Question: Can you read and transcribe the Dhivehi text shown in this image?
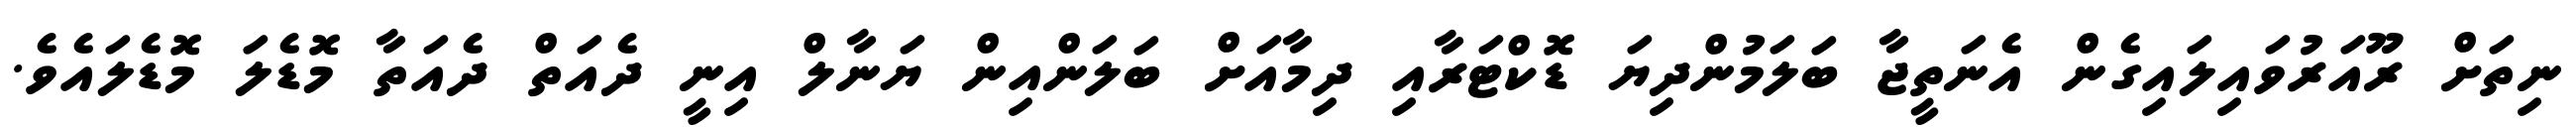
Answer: ނިތަށް ރޫއަރުވައިލައިގެން އެނަތީޖާ ބަލަމުންދިޔަ ޑޮކްޓަރާއި ދިމާއަށް ބަލަންއިން ޔަނާލް އިނީ ދެއަތް ދެއަތާ މޮޑެލަ މޮޑެލައެވެ.